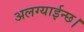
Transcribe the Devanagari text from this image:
अलग्याईन्छ।